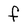
Character: f